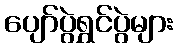
ပျော်ပွဲရွှင်ပွဲများ